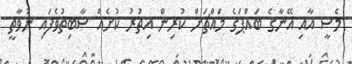
މެސީ އާއި އޭނާގެ ބައްޕަގެ މައްޗަށް ކުރިން އިތުރު ކުށެއް ސާބިތުވެފައި ނުވާތީ